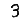
Digit: 3